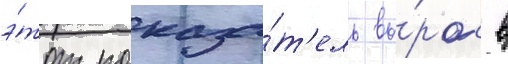
э́тот показа́т'ель вы́рос в